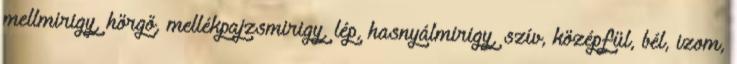
mellmirigy, hörgő, mellékpajzsmirigy, lép, hasnyálmirigy, szív, középfül, bél, izom,